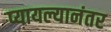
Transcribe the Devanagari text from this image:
प्यायल्यानंतर